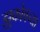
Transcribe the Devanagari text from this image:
झुकोवच्या